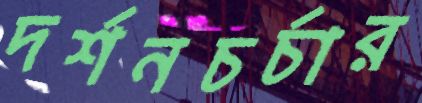
দর্শনচর্চার